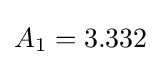
A_{1}=3.332